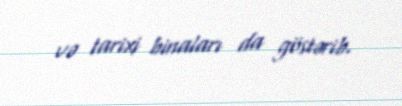
və tarixi binaları da göstərib.